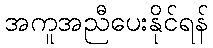
အကူအညီပေးနိုင်ရန်